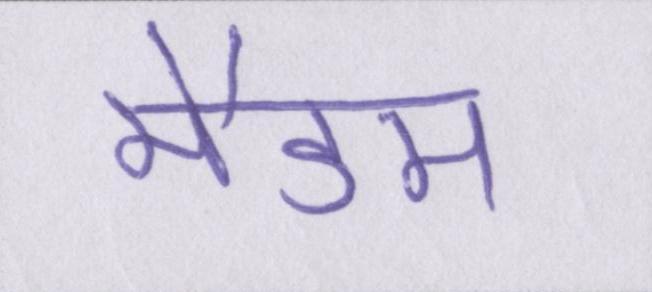
मैडम